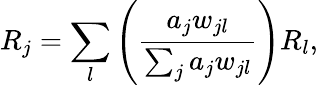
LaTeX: R_{j}=\sum_{l}\left(\frac{a_{j}w_{jl}}{\sum_{j}a_{j}w_{jl}}\right)R_{l},